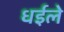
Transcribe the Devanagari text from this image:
धईले